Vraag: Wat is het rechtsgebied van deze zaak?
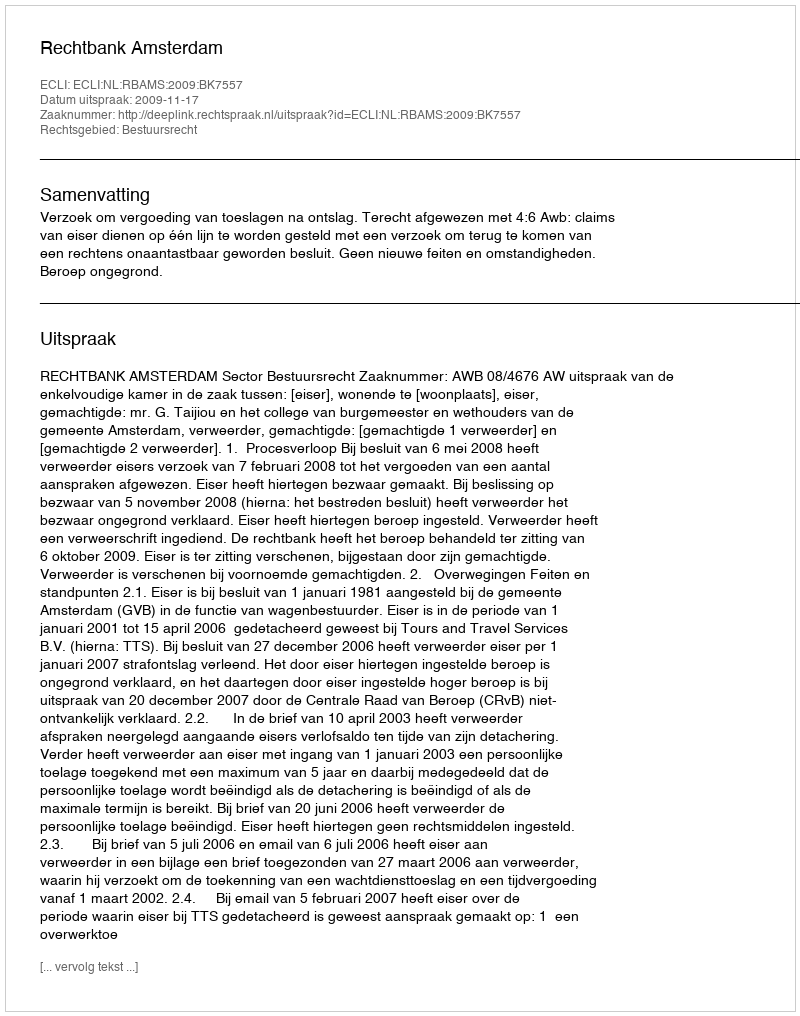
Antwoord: Bestuursrecht